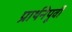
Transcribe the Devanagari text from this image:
प्रार्थनेपूर्वी